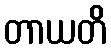
တာယတိ